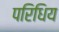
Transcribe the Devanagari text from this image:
परिधिय